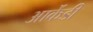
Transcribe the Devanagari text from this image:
आर्केडी